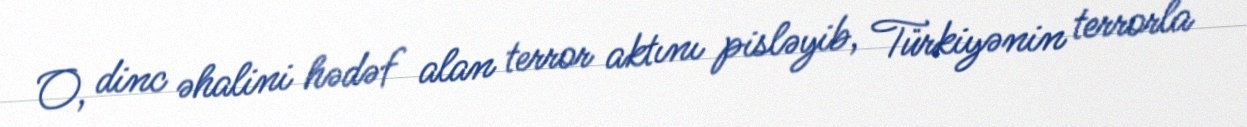
O, dinc əhalini hədəf alan terror aktını pisləyib, Türkiyənin terrorla